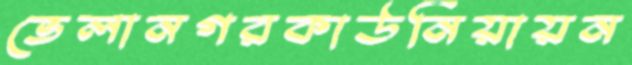
ভেলানগরকাউনিয়ায়ন